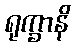
ရုက္ခာနိ